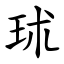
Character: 㺷